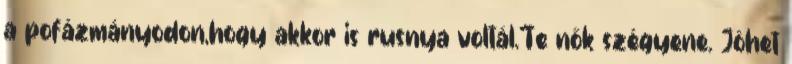
a pofázmányodon,hogy akkor is rusnya voltál.Te nők szégyene. Jöhet